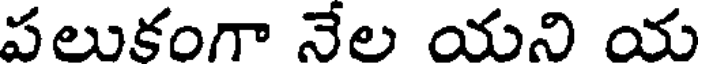
పలుకంగా నేల యని య